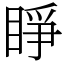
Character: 睜